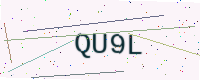
Text: QU9L